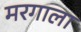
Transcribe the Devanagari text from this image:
मरगाला